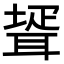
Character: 𦖜